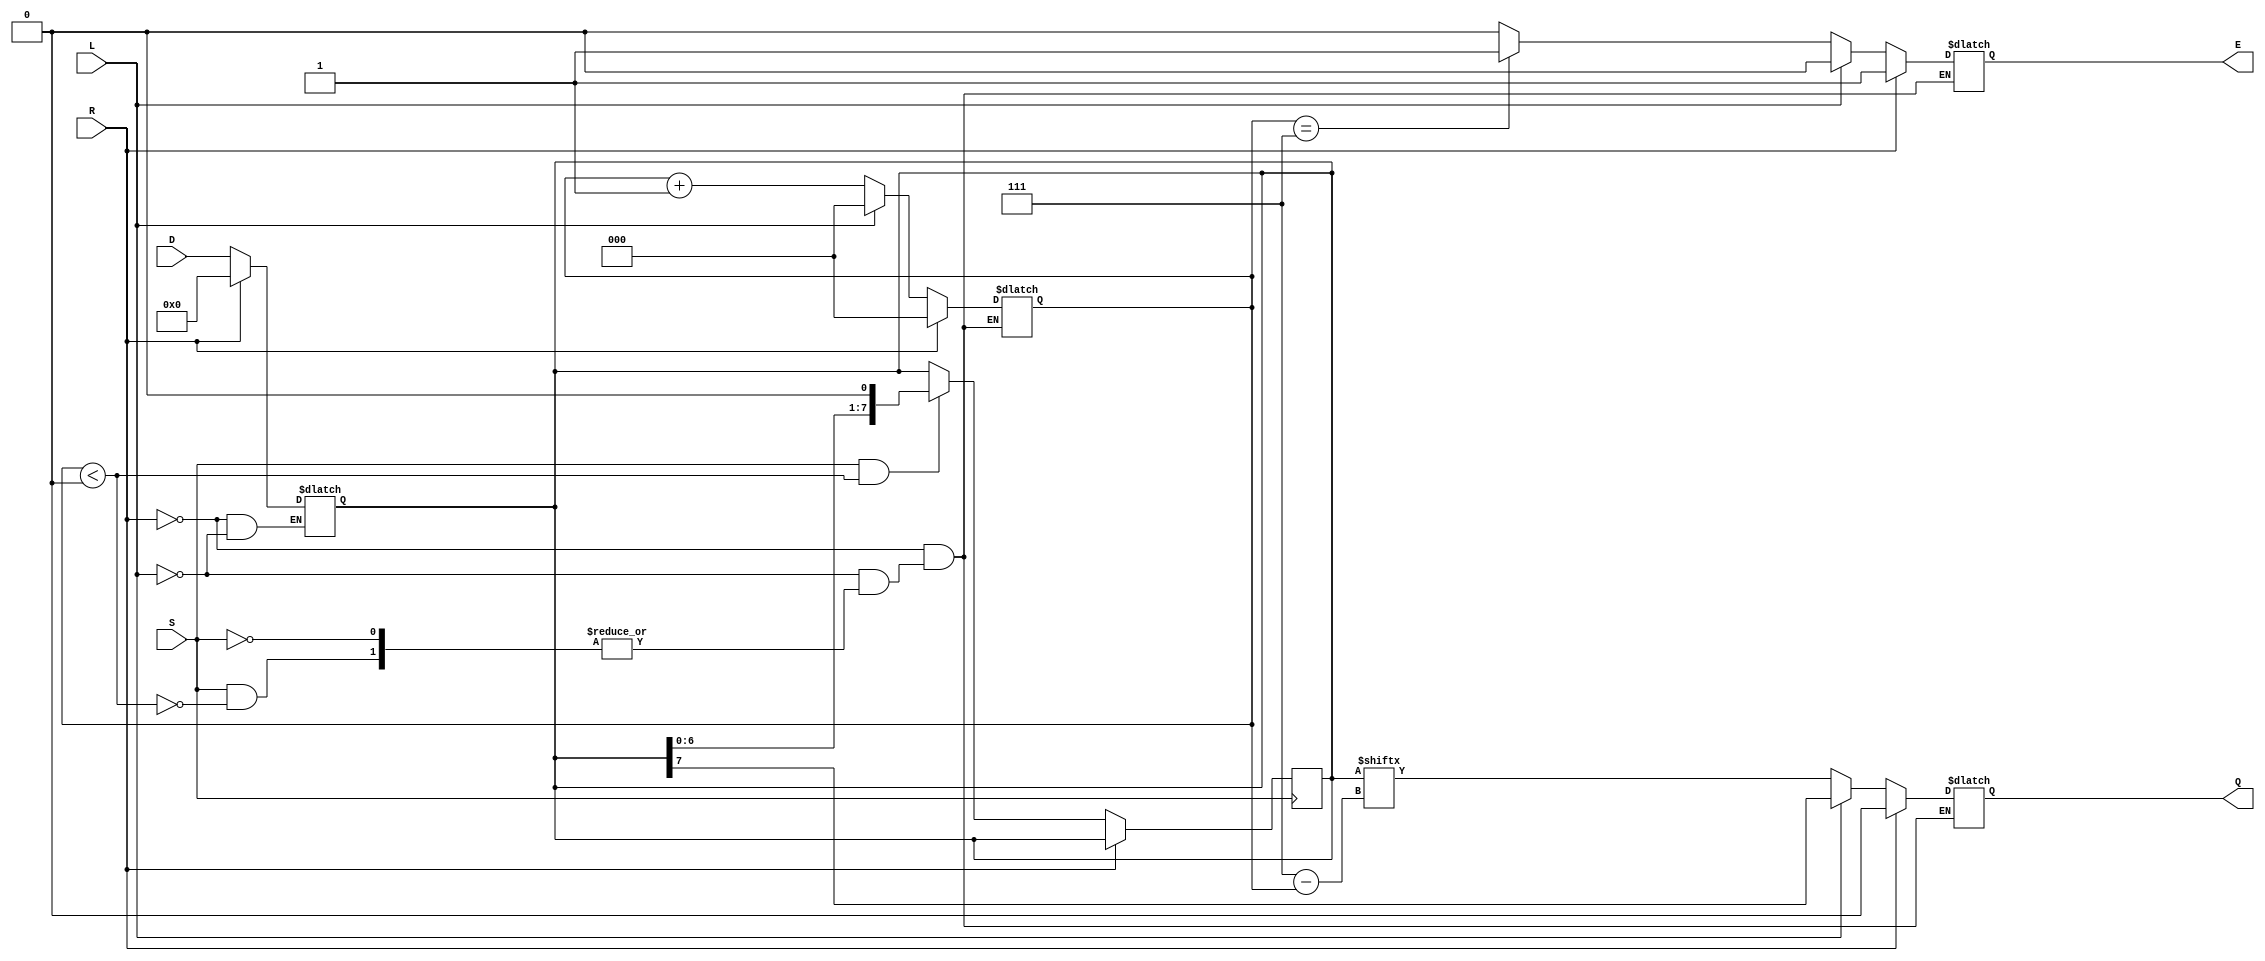
module PISO_Register (
    input wire [7:0] D,       // Parallel data input
    input wire L,             // Load control signal
    input wire S,             // Shift control signal
    input wire R,             // Asynchronous reset
    output reg Q,             // Serial output
    output reg E              // Empty flag
);

    reg [7:0] SR;             // Shift register
    reg [2:0] CNT;            // Counter for shifted bits

    // Asynchronous reset and loading
    always @(*) begin
        if (R) begin
            SR <= 8'b0;       // Clear shift register
            CNT <= 3'b0;      // Reset counter
            Q <= 1'b0;        // Clear serial output
            E <= 1'b1;        // Mark as empty
        end else if (L) begin
            SR <= D;          // Load parallel data into shift register
            CNT <= 3'b0;      // Reset counter to 0
            Q <= SR[7];       // Output the MSB as the initial serial output
            E <= 1'b0;        // Mark as not empty
        end else if (S) begin
            if (CNT < 3'd8) begin
                Q <= SR[7 - CNT];  // Output the current MSB
                CNT <= CNT + 1;    // Increment counter
                if (CNT == 3'd7) begin
                    E <= 1'b1;      // Set empty flag when all bits are shifted out
                end else begin
                    E <= 1'b0;      // Clear empty flag while shifting
                end
            end
        end
    end

    // Shift register logic
    always @(negedge S) begin
        if (!R) begin
            if (S && CNT < 3'd8) begin
                SR <= SR << 1;   // Shift left
            end
        end
    end

endmodule